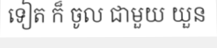
ទៀត ក៏ ចូល ជាមួយ យួន